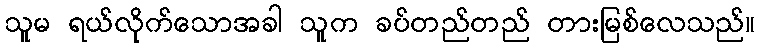
သူမ ရယ်လိုက်သောအခါ သူက ခပ်တည်တည် တားမြစ်လေသည်။